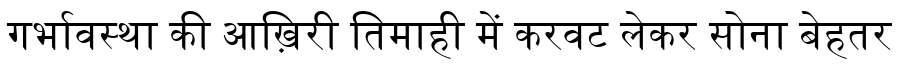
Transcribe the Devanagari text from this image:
गर्भावस्था की आख़िरी तिमाही में करवट लेकर सोना बेहतर